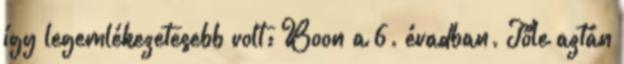
így legemlékezetesebb volt: Boon a 6. évadban. Tőle aztán